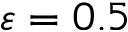
\varepsilon = 0 . 5